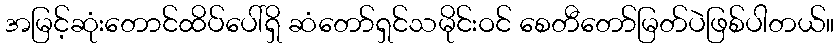
အမြင့်ဆုံးတောင်ထိပ်ပေါ်ရှိ ဆံတော်ရှင်သမိုင်းဝင် စေတီတော်မြတ်ပဲဖြစ်ပါတယ်။